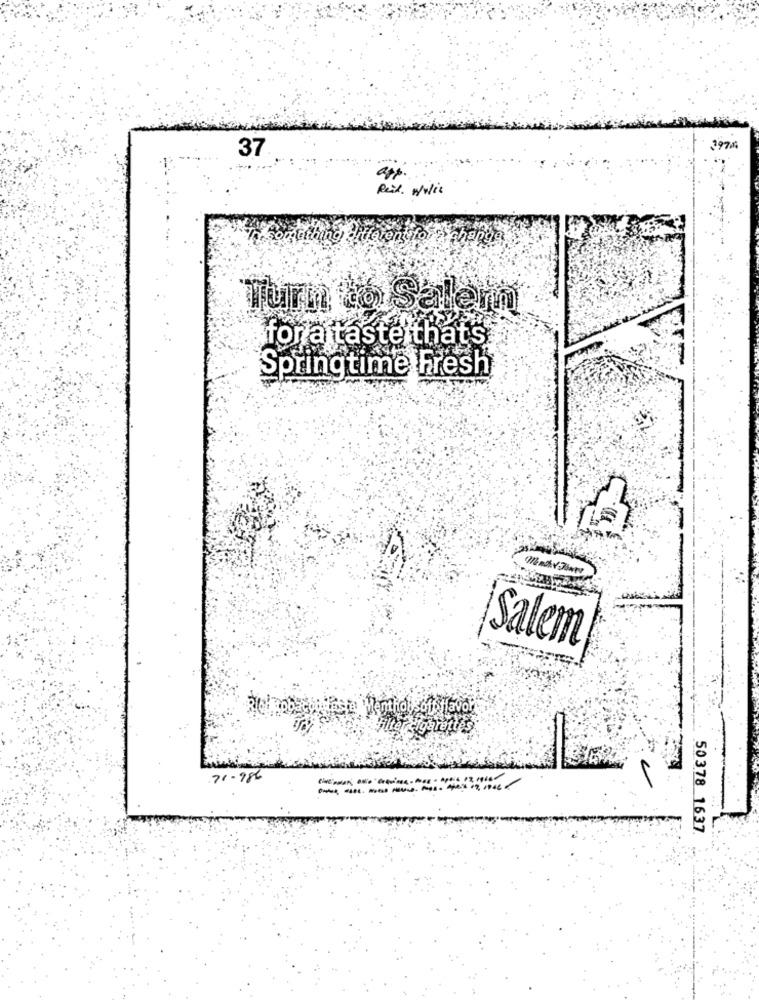
37
197,4
app.
Reid. Woli:
Turn to Salem
for a taste that's
Springtime Fresh
Salem
71.98
------
50378 1637